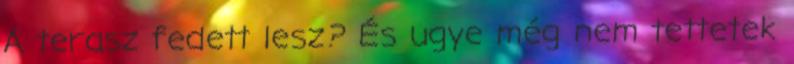
A terasz fedett lesz? És ugye még nem tettetek